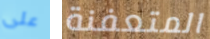
على المتعفنة